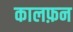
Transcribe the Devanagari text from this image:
कालफ़न